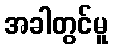
အခါတွင်မူ